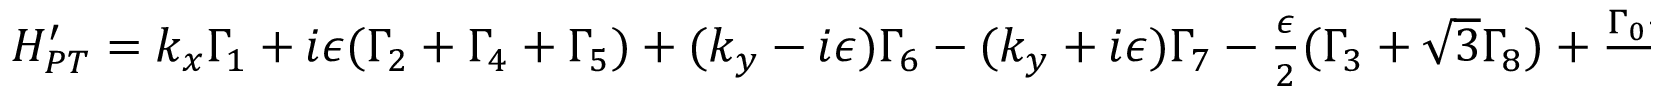
\begin{array} { r } { H _ { P T } ^ { \prime } = k _ { x } \Gamma _ { 1 } + i \epsilon ( \Gamma _ { 2 } + \Gamma _ { 4 } + \Gamma _ { 5 } ) + ( k _ { y } - i \epsilon ) \Gamma _ { 6 } - ( k _ { y } + i \epsilon ) \Gamma _ { 7 } - \frac { \epsilon } { 2 } ( \Gamma _ { 3 } + \sqrt { 3 } \Gamma _ { 8 } ) + \frac { \Gamma _ { 0 } - \sqrt { 6 } \Gamma _ { 1 5 } } { 4 } } \end{array}